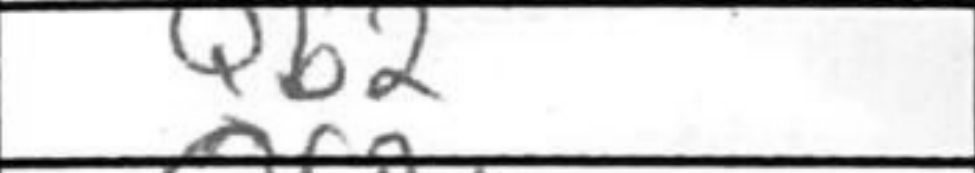
Transcription: Qb2